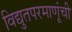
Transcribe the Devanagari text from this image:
विद्युतपरमाणूंची